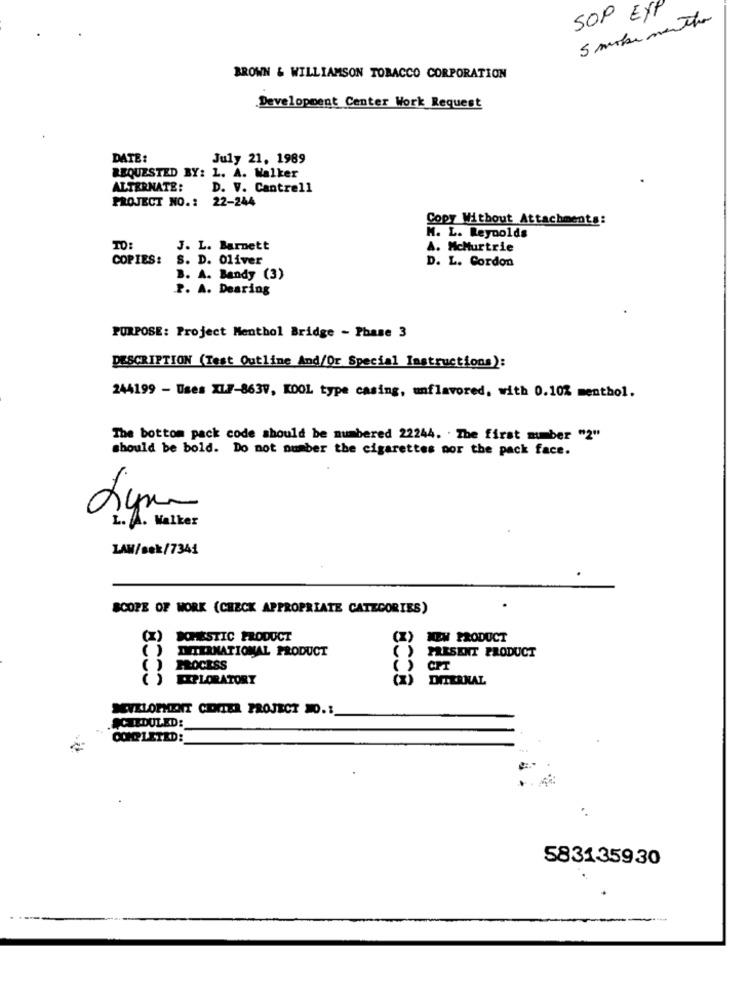
SOP EXP
5 make mentha
BROWN & WILLIAMSON TOBACCO CORPORATION
Development Center Work Request
DATE:
July 21, 1989
REQUESTED BY: L. A. Walker
ALTERNATE:
D. V. Cantrell
PROJECT NO .: 22-244
Copy Without Attachments:
M. L. Reynolds
J. L. Barnett
A. McMurtrie
COPIES:
S. D. Oliver
D. L. Cordon
B. A. Bandy (3)
P. A. Dearing
PURPOSE: Project Menthol Bridge - Phase 3
DESCRIPTION (Test Outline And/Or Special Instructions):
244199 - Uses XIF-863V, KDOL type casing, unflavored, with 0.10% menthol.
The bottom pack code should be numbered 22244. . The first mumber "2"
should be bold. Do not number the cigarettes por the pack face.
6
L. A. Walker
LAW/sek/7341
SCOPE OF WORK (CHECK APPROPRIATE CATEGORIES)
(X) DOMESTIC PRODUCT
NEW PRODUCT
( ) INTERNATIONAL PRODUCT
( ) PRESENT PRODUCT
( ) PROCESS
( ) EXPLORATORY
(X) DITERNAL
DEVELOPMENT CONTER PROJECT NO.1
SCHEDULED:
COMPLETED:
583135930